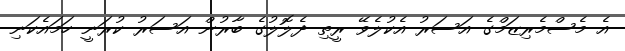
އެ މެސްމެރިޒަމްގެ އަސަރު އެކުލެވޭ ރީތި ދެލޮލުގެ ބާރުން އަސަރު ކުރަނީ ހަމައެކަނި